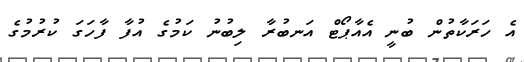
އެ ހަރަކާތުން ބުނީ އެއާޕޯޓް އަނބުރާ ލިބުނު ކަމުގެ އުފާ ފާހަގަ ކުރުމުގެ